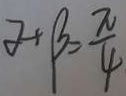
\alpha + \beta = \frac { \pi } { 4 }